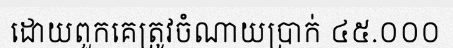
ដោយពួកគេត្រូវចំណាយប្រាក់ ៤៥.០០០